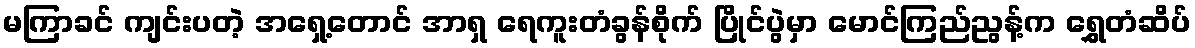
မကြာခင် ကျင်းပတဲ့ အရှေ့တောင် အာရှ ရေကူးတံခွန်စိုက် ပြိုင်ပွဲမှာ မောင်ကြည်ညွန့်က ရွှေတံဆိပ်